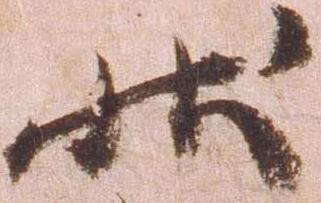
状